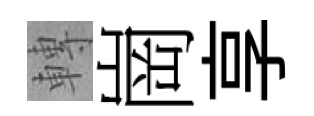
轉崗享